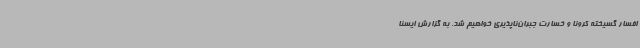
افسار گسیخته کرونا و خسارت جبران‌ناپذیری خواهیم شد. به گزارش ایسنا